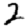
Digit: 2